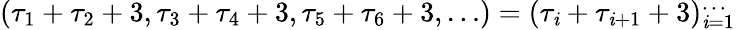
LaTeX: (\tau_{1}+\tau_{2}+3,\tau_{3}+\tau_{4}+3,\tau_{5}+\tau_{6}+3,\dots)=(\tau_{\mathit{i}}+\tau_{\mathit{i}+1}+3)_{\mathit{i}=1}^{\dots}